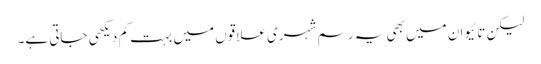
لیکن تائیوان میں بھی یہ رسم شہری علاقوں میں بہت کم دیکھی جاتی ہے۔